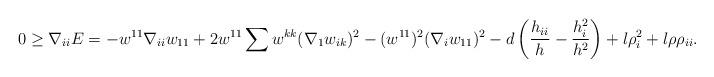
LaTeX: \begin{align*}0\geq \nabla_{ii}E&=-w^{11}\nabla_{ii}w_{11}+2w^{11}\sum w^{kk}(\nabla_{1}w_{ik})^{2}-(w^{11})^{2}(\nabla_{i}w_{11})^{2}-d\left(\frac{h_{ii}}{h}-\frac{h^{2}_{i}}{h^{2}}\right)+l\rho^{2}_{i}+l\rho \rho_{ii}.\end{align*}